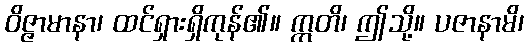
ဝိဇ္ဇာမာနာ၊ ထင်ရှားရှိကုန်၏။ ဣတိ၊ ဤသို့။ ပဇာနာမိ၊